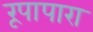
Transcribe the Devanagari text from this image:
रूपापारा